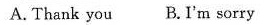
A. Thank you B.I'm sorry